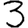
Digit: 3